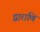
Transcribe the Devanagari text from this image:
द्वाराणि